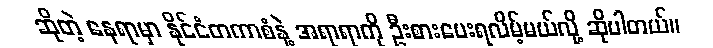
ဆိုတဲ့ နေရာမှာ နိုင်ငံတကာစံနဲ့ အရာရာကို ဦးစားပေးရလိမ့်မယ်လို့ ဆိုပါတယ်။